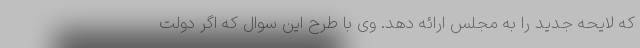
که لایحه جدید را به مجلس ارائه دهد. وی با طرح این سوال که اگر دولت